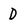
Character: D